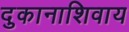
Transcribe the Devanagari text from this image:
दुकानाशिवाय